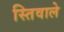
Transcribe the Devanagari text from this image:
स्तिवाले